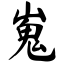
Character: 嵬